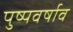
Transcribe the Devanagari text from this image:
पुष्पवर्षाव